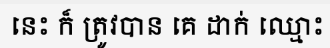
នេះ ក៏ ត្រូវបាន គេ ដាក់ ឈ្មោះ